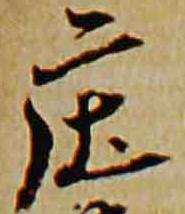
庄